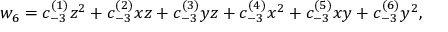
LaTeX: w _ { 6 } = c _ { - 3 } ^ { ( 1 ) } z ^ { 2 } + c _ { - 3 } ^ { ( 2 ) } x z + c _ { - 3 } ^ { ( 3 ) } y z + c _ { - 3 } ^ { ( 4 ) } x ^ { 2 } + c _ { - 3 } ^ { ( 5 ) } x y + c _ { - 3 } ^ { ( 6 ) } y ^ { 2 } ,